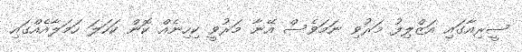
ސީރިއާގައި އަޒްލިފު މަރުވި ނަމަވެސް އޭނާ މަރުވީ ކިހިނެއް ކޮން ކަހަލަ ހަމަލާއެއްގައި